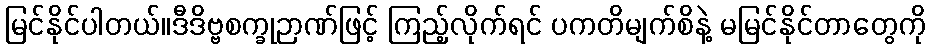
မြင်နိုင်ပါတယ်။ဒီဒိဗ္ဗစက္ခုဉာဏ်ဖြင့် ကြည့်လိုက်ရင် ပကတိမျက်စိနဲ့ မမြင်နိုင်တာတွေကို